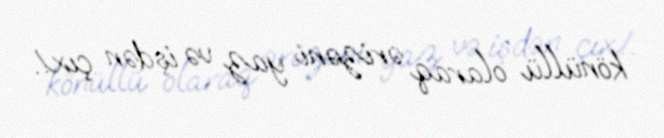
könüllü olaraq ərizəni yaz və işdən çıx!.